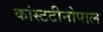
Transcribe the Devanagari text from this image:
कांस्टटीनोपाल